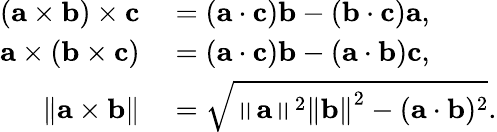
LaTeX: \begin{array}{rl}{(\mathbf{a}\times\mathbf{b})\times\mathbf{c}}&{{}=(\mathbf{a}\cdot\mathbf{c})\mathbf{b}-(\mathbf{b}\cdot\mathbf{c})\mathbf{a},}\\ {\mathbf{a}\times(\mathbf{b}\times\mathbf{c})}&{{}=(\mathbf{a}\cdot\mathbf{c})\mathbf{b}-(\mathbf{a}\cdot\mathbf{b})\mathbf{c},}\\ {\left\| \mathbf{a}\times\mathbf{b}\right\| }&{{}={\sqrt{\left\| \mathbf{a}\right\| ^{2}\left\| \mathbf{b}\right\| ^{2}-(\mathbf{a}\cdot\mathbf{b})^{2}}}.}\end{array}